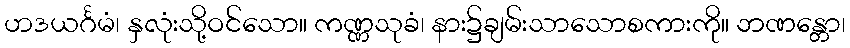
ဟဒယင်္ဂမံ၊ နှလုံးသို့ဝင်သော။ ကဏ္ဏသုခံ၊ နား၌ချမ်းသာသောစကားကို။ ဘဏန္တော၊